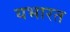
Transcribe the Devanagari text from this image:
यभारत